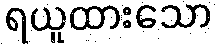
ရယူထားသော